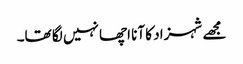
مجھے شہزاد کا آنا اچھا نہیں لگا تھا۔